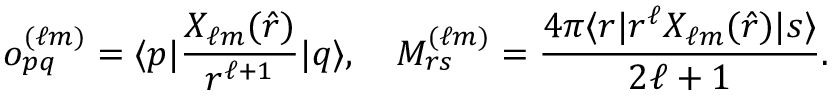
o _ { p q } ^ { ( \ell m ) } = \langle p | \frac { X _ { \ell m } ( \hat { r } ) } { r ^ { \ell + 1 } } | q \rangle , \quad M _ { r s } ^ { ( \ell m ) } = \frac { 4 \pi \langle r | r ^ { \ell } X _ { \ell m } ( \hat { r } ) | s \rangle } { 2 \ell + 1 } .